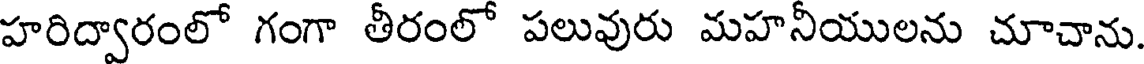
హరిద్వారంలో గంగా తీరంలో పలువురు మహనీయులను చూచాను